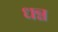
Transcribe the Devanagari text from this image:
धन्न